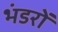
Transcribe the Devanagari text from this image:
भंडरों